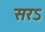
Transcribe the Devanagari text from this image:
सरऽ